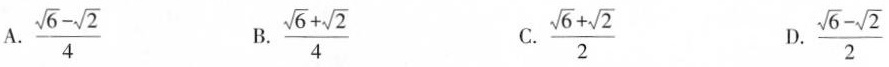
A. $$\frac { \sqrt { 6 } - \sqrt { 2 } } { 4 }$$ B. $$\frac { \sqrt { 6 } + \sqrt { 2 } } { 4 }$$ C. $$\frac { \sqrt { 6 } + \sqrt { 2 } } { 2 }$$ D. $$\frac { \sqrt { 6 } - \sqrt { 2 } } { 2 }$$